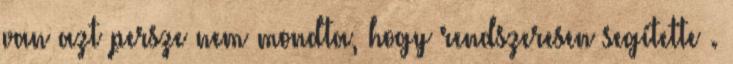
van azt persze nem mondta, hogy rendszeresen segítette .